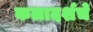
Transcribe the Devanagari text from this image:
कलादर्शचे